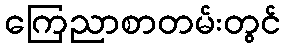
ကြေညာစာတမ်းတွင်